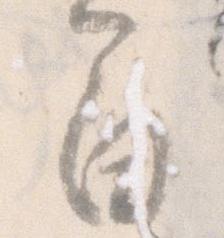
間